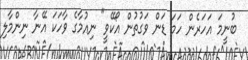
ބުނީމަ އަހަރެން ހަމަ ޑަން ވަގުތުން އޯކޭވީ" ނިއުމާގެ ވާހަކަ އޭނާ ނިންމާލި